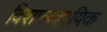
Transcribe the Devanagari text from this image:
विशालकायिक